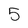
Character: 5